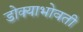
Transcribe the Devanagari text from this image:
डोक्याभोवती